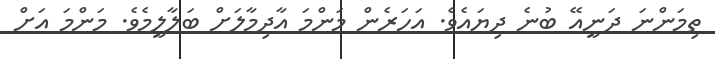
ތިމަންނަ ދަނީއޭ ބުނެ ދިޔައެވެ. އަހަރެން މަންމަ އާދިމާލަށް ބަލާލީމެވެ. މަންމަ އަށް